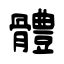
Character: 體